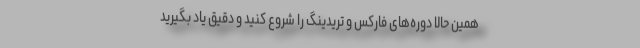
همین حالا دوره‌های فارکس و تریدینگ را شروع کنید و دقیق یاد بگیرید